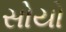
સોયો